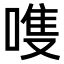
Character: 𫫊